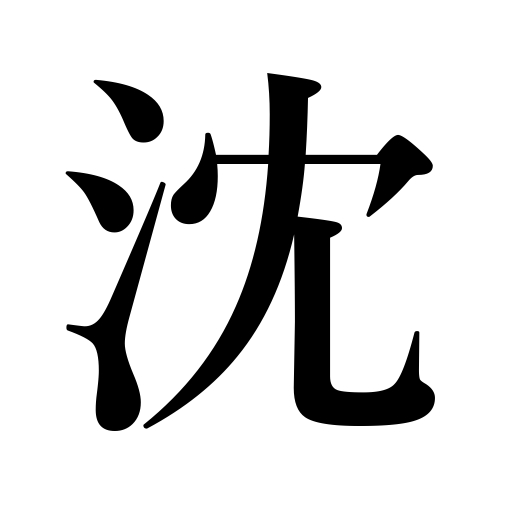
Meanings: feel depressed,aloes,cave in,be submerged,be overcome with,subside,submerge,immerse,sink